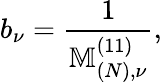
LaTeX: b_{\nu}=\frac{1}{\mathbb{M}_{(N),\nu}^{(11)}},